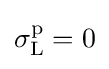
\sigma _{\text{L}}^{\text{p}}=0